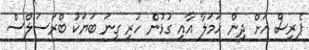
ޕެރިސް އަށް ދިން ހަމަލާ އާއި ގުޅުން ހުރި ގިނަ ބަޔަކު ބްރަސަލްސް